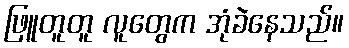
ဖြူတူတူ လူတွေက အုံခဲနေသည်။